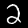
Digit: 2